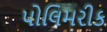
પોલિમરીક